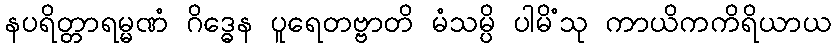
နပရိတ္တာရမ္မဏံ ဂိဒ္ဓေန ပူရေတဗ္ဗာတိ မံသမ္ပိ ပါမိံသု ကာယိကကိရိယာယ